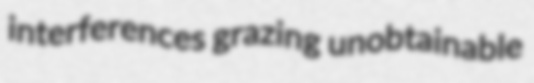
interferences grazing unobtainable